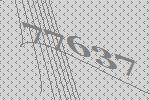
77637